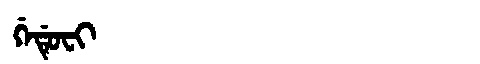
Manchu: ᡤᡝᡩᡠᠸᡳ
Romanization: GEDUFI